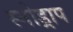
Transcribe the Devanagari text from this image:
स्नोड्राप